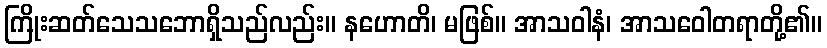
ကြိုးဆတ်သေသဘောရှိသည်လည်း။ နဟောတိ၊ မဖြစ်။ အာသဝါနံ၊ အာသဝေါတရာတို့၏။